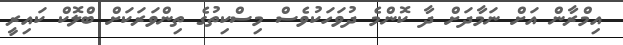
އިމްރާން އަށް ނަމާދަށް ދާ ކޮންމެ ދުވަހަކުވެސް މިސްކިތުގެ ތިންވަރަކަށް ބްލޮކް ކައިރީ